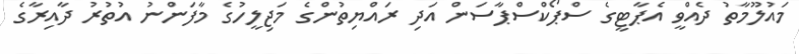
މައުލޫމާތު ދެއްވީ އެޕާޓީގެ ސްޕޯކްސްޕާސަން އަދި ރައްޔިތުންގެ މަޖިލީހުގެ މާފަންނު އުތުރު ދާއިރާގެ